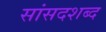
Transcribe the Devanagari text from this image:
सांसदशब्द